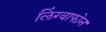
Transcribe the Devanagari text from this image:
लिंग्वाफोन